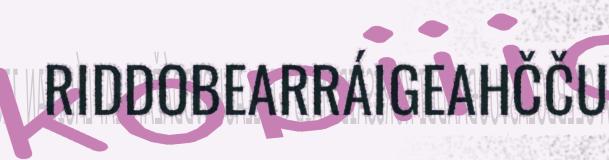
RIDDOBEARRÁIGEAHČČU